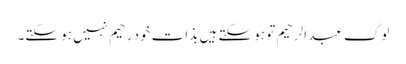
لوگ عبد الرحیم تو ہو سکتے ہیں بذات خود رحیم نہیں ہو سکتے۔